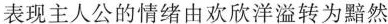
表现主人公的情绪由欢欣洋溢转为黯然